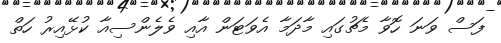
ފަސް ވަނަ ހޮވާ މެޗުގައި މާދަމާ އެވަޓަން އާއި ވެލެންސިއާ ކުޅޭއިރު ހަތް